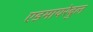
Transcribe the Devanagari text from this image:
एडमायरेबुल